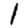
Digit: 1